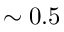
\sim 0 . 5